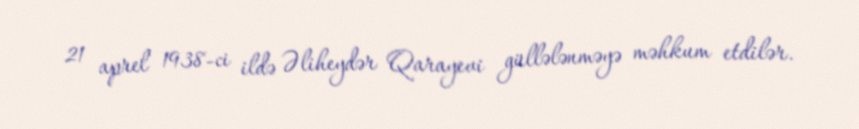
21 aprel 1938-ci ildə Əliheydər Qarayevi güllələnməyə məhkum etdilər.